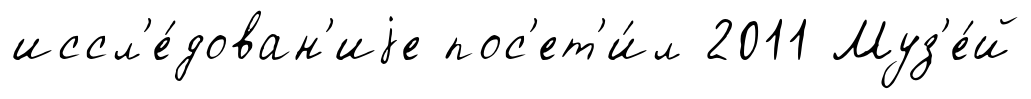
иссл'е́дован'иjе пос'ет'и́л 2011 Муз'е́й